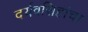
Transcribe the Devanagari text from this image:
दर्यवसिहांचा